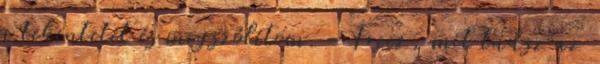
a tekintetét és megszólítom. - Freez, mit tudsz az